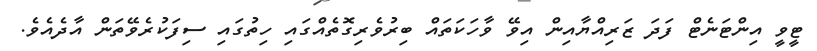
ޓީވީ އިންޓަނެޓް ފަދަ ޒަރިއްޔާއިން އިވޭ ވާހަކަތައް ބިރުވެރިގޮތެއްގައި ހިތުގައި ސިފަކުރެވޭތަން އާދެއެވެ.